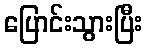
ပြောင်းသွားပြီး